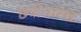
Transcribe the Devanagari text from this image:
छत्रीसारख